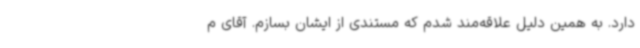
دارد. به همین دلیل علاقه‌مند شدم که مستندی از ایشان بسازم. آقای م